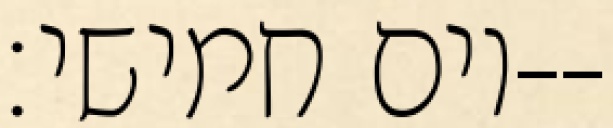
יום חמישי׃--